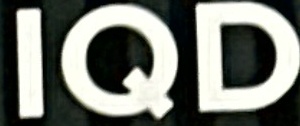
IQD